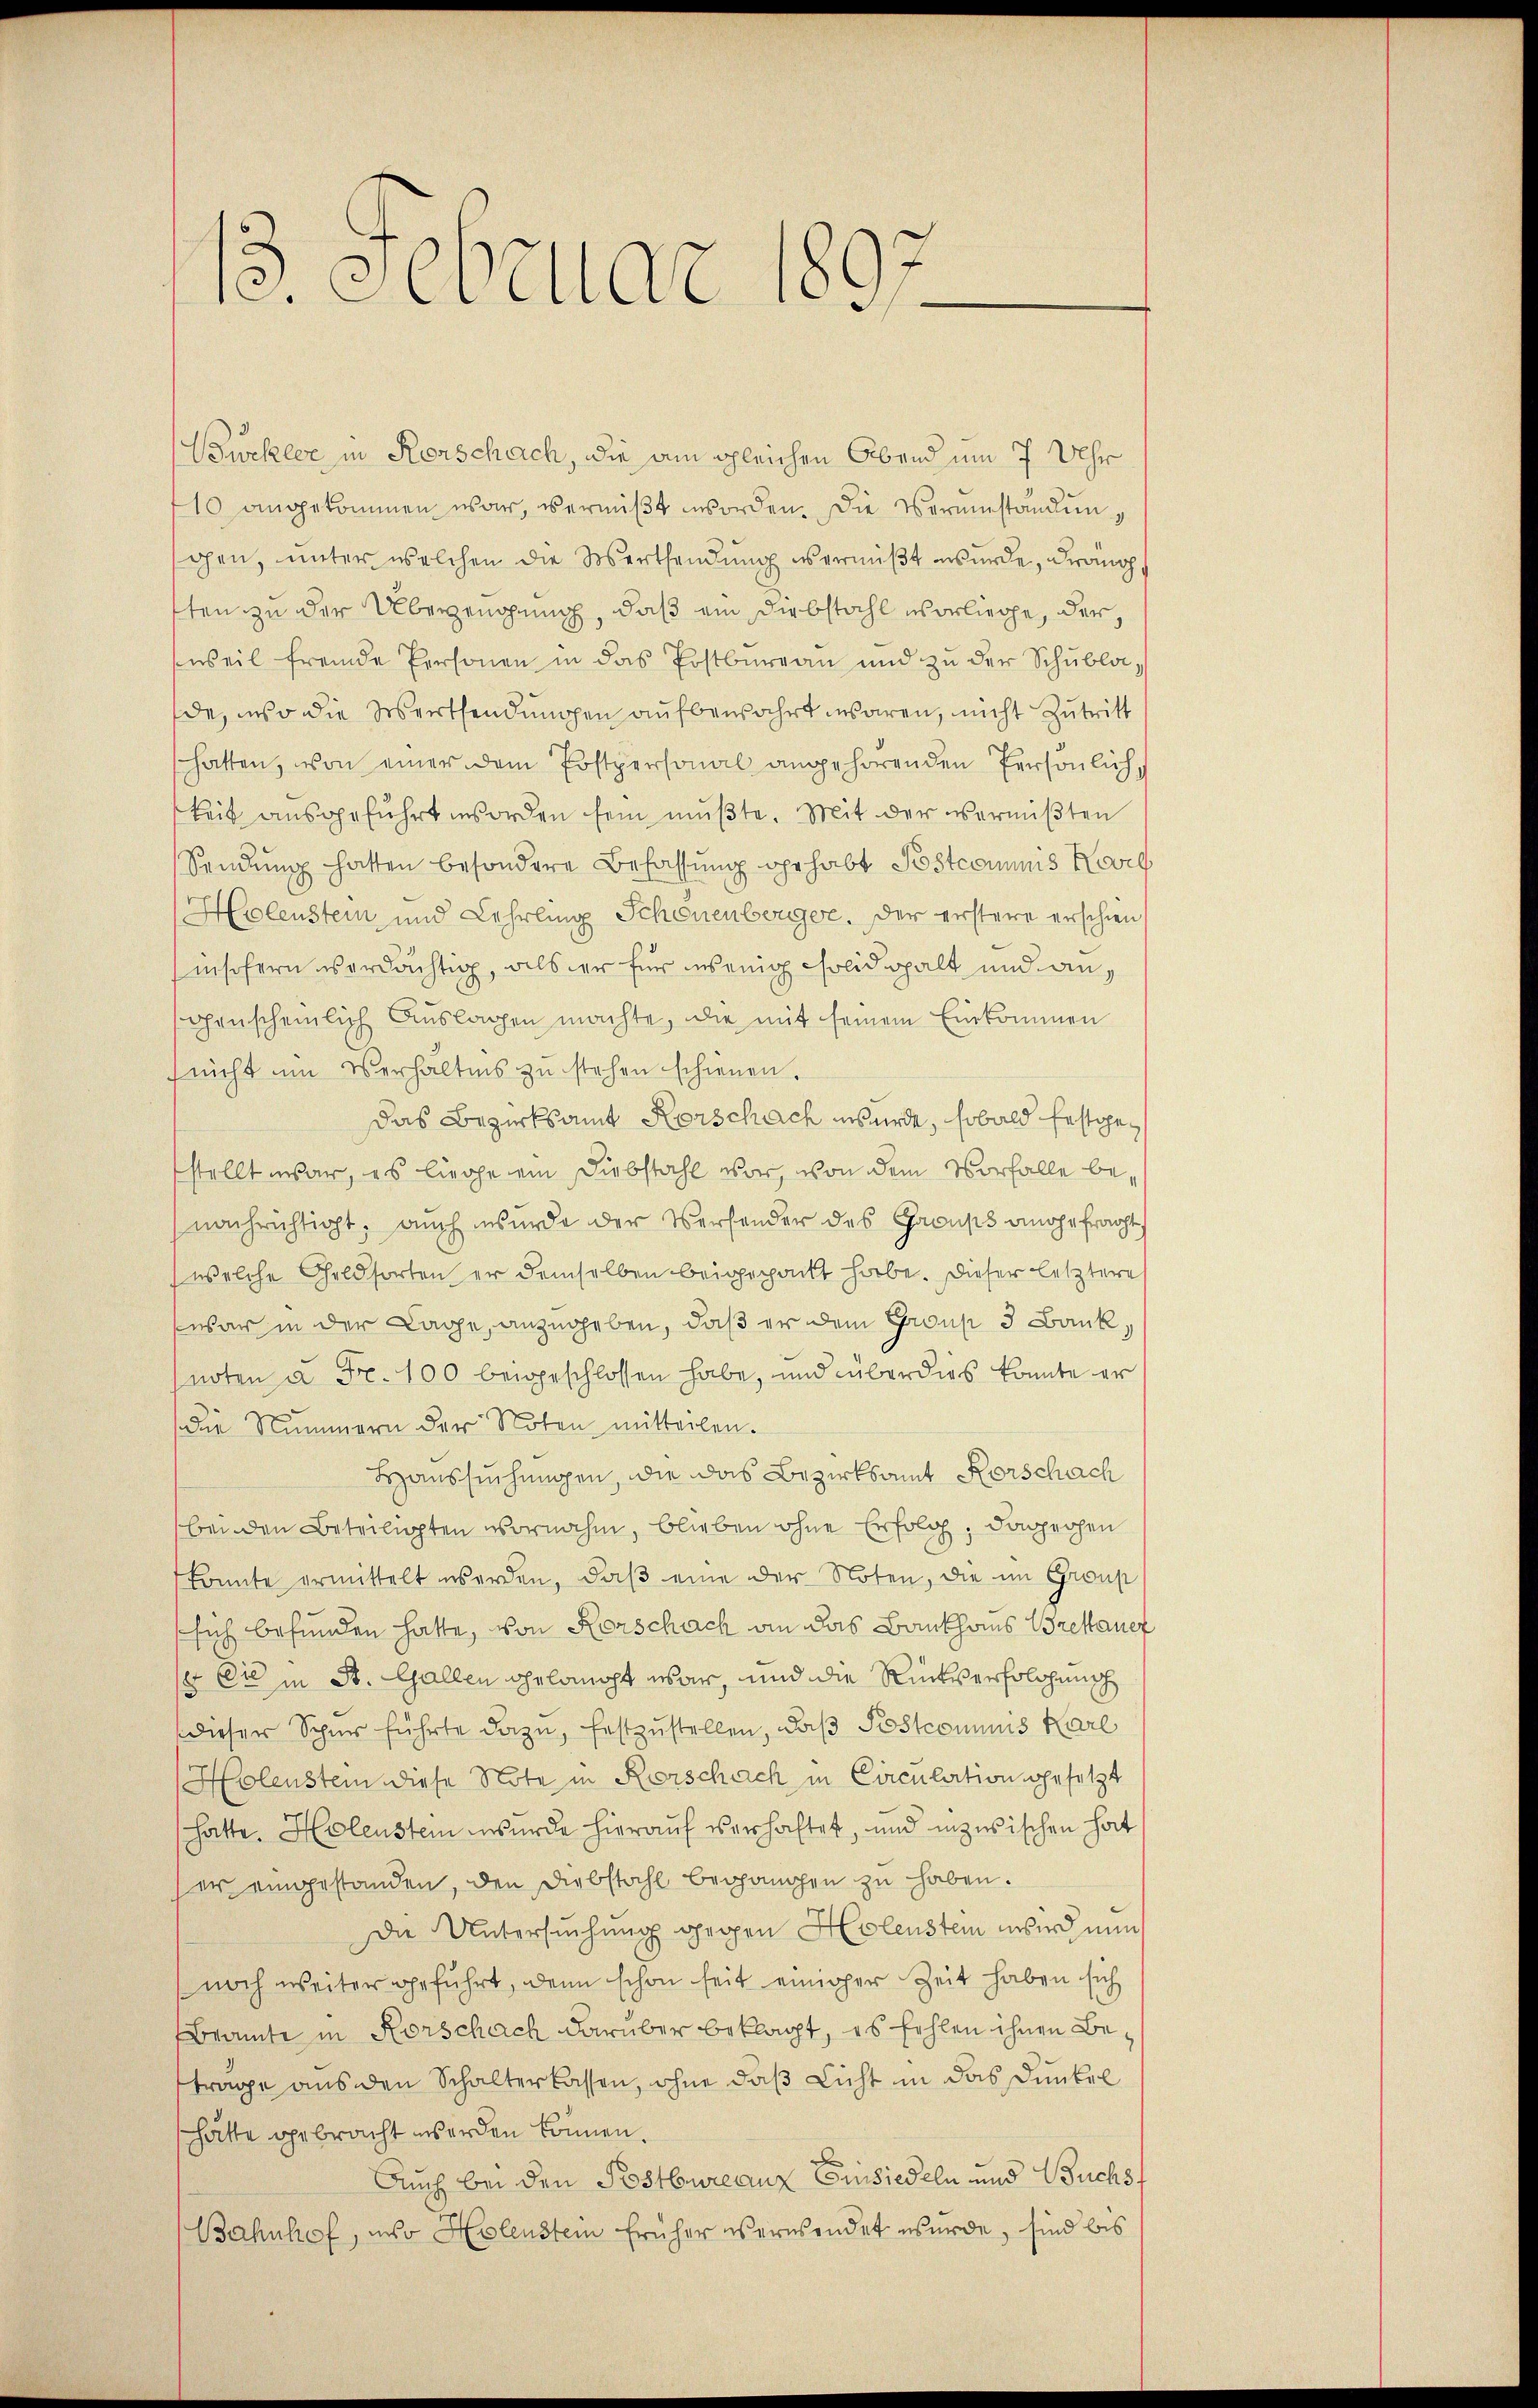
1. Februar u.

Buckler in Rorschach, die am gleichen Abend um 7 Uhr
10 angekommen war, vermißt worden. Die Vereinstandungen, unter welchen die Werthendung es ermißt wurde, drang,
sten zu der Überzeugung, daß ein Diebstahl vorliege, der,
weil fremde Personen in das Postbureau und zu der Schublade, inso die Werthendungen aufbewahrt waren, nicht Zutritt
hatten, von einer dem Postpersonal angehörenden Persönlich f
keit ausgeführt worden sein mußte. Mit der vermißten
Sendung hatten besondere Befassung gehabt Postcommis Karl
Holenstein und Lehrling Schönenberger. Der erstere erschien,
inschern verdächtig, als er für wenig Solid galt und angenscheinlich Auslagen machte, die mit seinem Einkommen
fricht um Verhältnis zu stehen schienen.
Das Bezirksamt Horschach wurde, sobald festgestellt war, es liege ein Diebstahl vor, von dem Vorfalle benachrichtigt, auch wurde der Versonder des Gauss angefracht
welche Geldsorten er demselben beigepackt habe. Dieser letztere
war in der Lage, anzugeben, daß er dem Group 3 Bank,
noten u. Fr. 100 beigeschlossen habe, und überdigs konnte er
die Nummern der Noten mitteilen.
Haussuchungen, die das Bezirksamt Horschach
bei den Beteiligten vornahm, blieben ohne Erfolg, das rohen
konnte ermittelt werden, daβ eine der Noten, die im Group
sich befunden hatte, von Rorschach an das Bankhaus Brekauer
 Cie in St. Gallen gelangt war, und die Rückverfolgung
dieser Spur führte dazu, festzustellen, daß Postconius Karl
Holenstein diese Note in Kerschrich in Circulation gesetzt
hatte. Helenstein wurde hierauf verhaftet, und inzwischen hat
ser eingestanden, den Diebstahl begangen zu haben.
Die Untersuchung gegen Holenstein wird nun
noch weiter geführt, denn schon seit einiger Zeit haben sich
Bramte in Rorschach darüber beklagt, es fehlen ihnen Betrage aus den Schalterlassen, ohne daß Licht in das Dunkel
hätte gebracht worden können.
Auch bei den Postbureauz Einsiedeln und Buchsf
Bahnhof, inso Helenstein früher verwendet wurde, sind bis